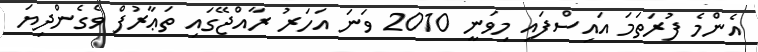
އެންމެ ފުރަތަމަ އައިސްފައި މިވަނީ 2010 ވަނަ އަހަރު ރާއްޖޭގައި ތަޢާރުފް ވެގެންދިޔަ